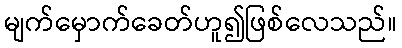
မျက်မှောက်ခေတ်ဟူ၍ဖြစ်လေသည်။